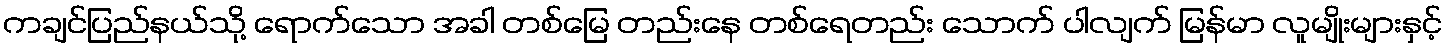
ကချင်ပြည်နယ်သို့ ရောက်သော အခါ တစ်မြေ တည်းနေ တစ်ရေတည်း သောက် ပါလျက် မြန်မာ လူမျိုးများနှင့်